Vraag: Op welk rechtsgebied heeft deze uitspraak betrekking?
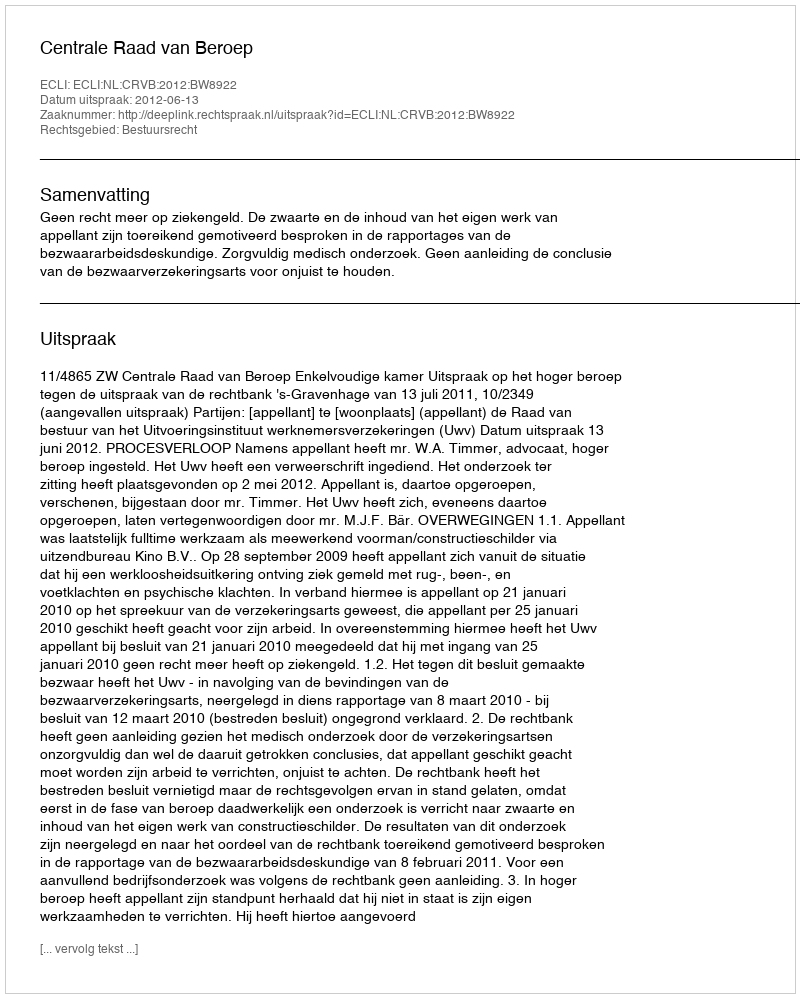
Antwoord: Bestuursrecht